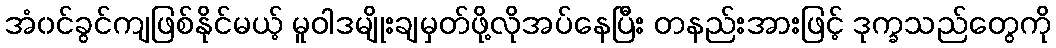
အံ၀င်ခွင်ကျဖြစ်နိုင်မယ့် မူဝါဒမျိုးချမှတ်ဖို့လိုအပ်နေပြီး တနည်းအားဖြင့် ဒုက္ခသည်တွေကို